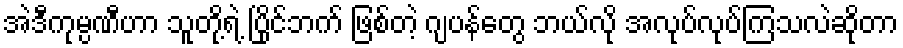
အဲဒီကုမ္ပဏီဟာ သူတို့ရဲ့ ပြိုင်ဘက် ဖြစ်တဲ့ ဂျပန်တွေ ဘယ်လို အလုပ်လုပ်ကြသလဲဆိုတာ